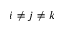
i \neq j \neq k